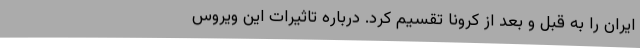
ایران را به قبل و بعد از کرونا تقسیم کرد. درباره تاثیرات این ویروس